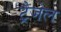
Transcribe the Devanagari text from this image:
ट्रैजेल